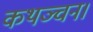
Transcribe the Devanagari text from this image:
कथञ्चन।